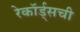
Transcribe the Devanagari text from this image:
रेकॉर्ड्सची